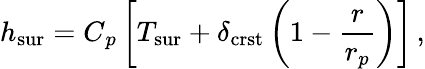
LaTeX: h_{\mathrm{sur}}=C{_{p}}\left[T_{\mathrm{sur}}+\delta_{\mathrm{crst}}\left(1-\frac{r}{r_{p}}\right)\right]\, ,